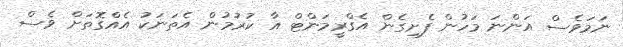
ނަމަވެސް އަންނަ މަހުން ފެށިގެން އެގްރީމަންޓް އާ ކުރުމުން އެތަނަކު އެއްގޮތަށް ވެސް